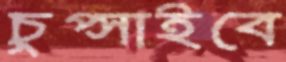
চুপ্‌সাইবে